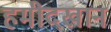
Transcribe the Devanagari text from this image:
हमीदखान